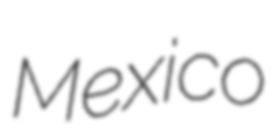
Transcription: Mexico